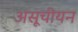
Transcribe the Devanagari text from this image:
असूचीयन